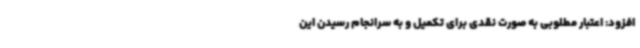
افزود: اعتبار مطلوبی به صورت نقدی برای تکمیل و به سرانجام رسیدن این